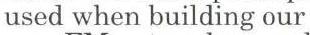
used when building our